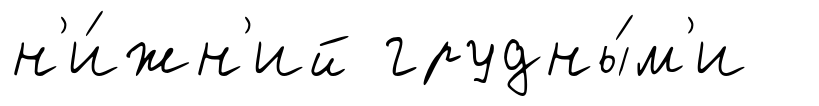
н'и́жн'ий грудны́м'и